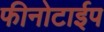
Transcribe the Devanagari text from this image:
फीनोटाईप